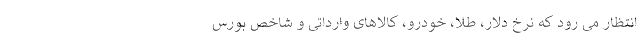
انتظار می رود که نرخ دلار، طلا، خودرو، کالاهای وارداتی و شاخص بورس